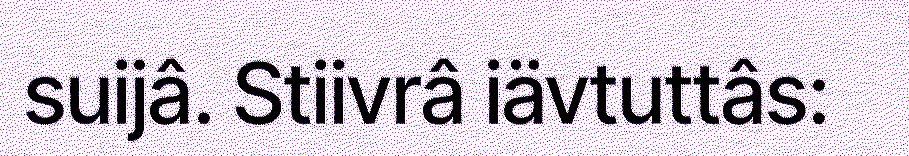
suijâ. Stiivrâ iävtuttâs: